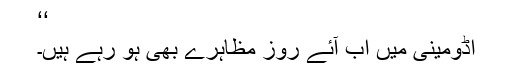
‘‘
اڈومینی میں اب آئے روز مظاہرے بھی ہو رہے ہیں۔